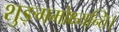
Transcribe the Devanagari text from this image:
शुङ्गमोक्ष्यन्ति।